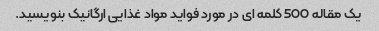
یک مقاله 500 کلمه ای در مورد فواید مواد غذایی ارگانیک بنویسید.